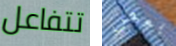
تتفاعل بعض